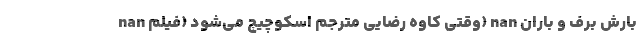
nan وقتی کاوه رضایی مترجم اسکوچیچ می‌شود (فیلم) nan بارش برف و باران